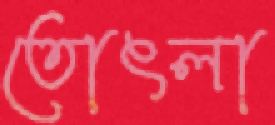
তোৎলা